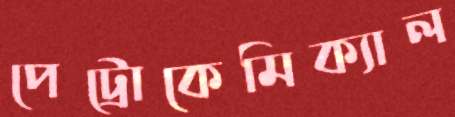
পেট্রোকেমিক্যাল